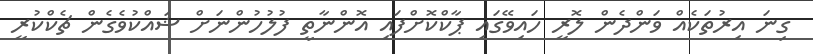
ގިނަ އިރުތަކެއް ވަންދެން ލޮރީ ހައިވޭގައި ޕާކްކޮށްފައި އޮންނާތީ ފުލުހުންނަށް ޝައްކުވެގެން ޗެކްކުރީ